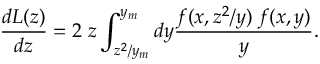
\frac { d { \cal L } ( z ) } { d z } = 2 \; z \int _ { z ^ { 2 } / y _ { m } } ^ { y _ { m } } d y \frac { f ( x , z ^ { 2 } / y ) \; f ( x , y ) } { y } .